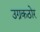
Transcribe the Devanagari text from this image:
उग्रकठोर